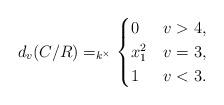
LaTeX: \begin{align*}d_v(C/R)=_{k^\times}\begin{cases} 0 & v>4,\\ x_1^2 &v=3,\\ 1 & v<3.\end{cases}\end{align*}